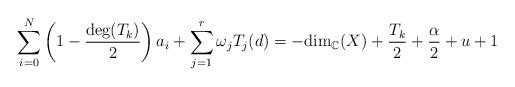
LaTeX: \begin{align*} \sum_{i=0}^N \left( 1-\frac{\textnormal{deg}(T_k)}{2} \right) a_i + \sum_{j=1}^r \omega_j T_j(d) = - \textnormal{dim}_\mathbb{C}(X) + \frac{T_k}{2} + \frac{\alpha}{2} + u + 1 \end{align*}